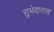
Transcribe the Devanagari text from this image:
सुभेदारास